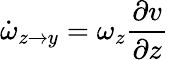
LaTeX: \dot{\omega}_{z\rightarrow y}=\omega_{z}\frac{\partial v}{\partial z}